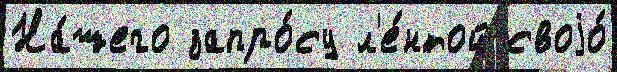
На́шего запро́су л'е́нтой своjо́